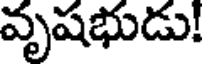
వృషభుడు!